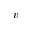
v